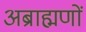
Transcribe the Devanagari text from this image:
अब्राह्मणों